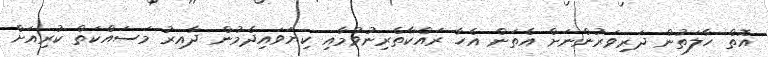
އޮތް ހާލަތުން ދަރިވަރުންނަށް އެތަން އެހާ ރައްކާތެރިނުވުމާއި ކިޔަވައިދެމުން ދާއިރު މަސައްކަތް ކުރިއަށް